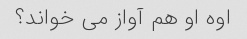
اوه او هم آواز می خواند؟